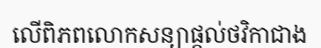
លើពិភពលោកសន្យាផ្តល់ថវិកាជាង